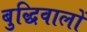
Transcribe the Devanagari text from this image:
बुद्धिवालों